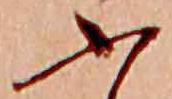
ふ